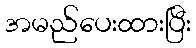
အမည်ပေးထားပြီး